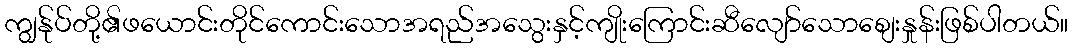
ကျွန်ုပ်တို့၏ဖယောင်းတိုင်ကောင်းသောအရည်အသွေးနှင့်ကျိုးကြောင်းဆီလျော်သောစျေးနှုန်းဖြစ်ပါတယ်။